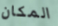
المكان